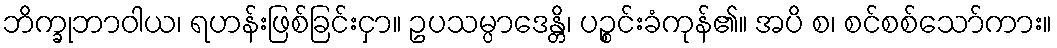
ဘိက္ခုဘာဝါယ၊ ရဟန်းဖြစ်ခြင်းငှာ။ ဥပသမ္ပာဒေန္တိ၊ ပဉ္စင်းခံကုန်၏။ အပိ စ၊ စင်စစ်သော်ကား။